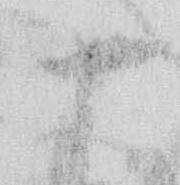
十